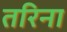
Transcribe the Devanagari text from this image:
तरिना